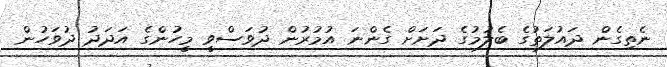
ނެތިގެން ދައުލަތުގެ ބެލުމުގެ ދަށަށް ގެންނަ އުމުރުން ދުވަސްވީ މީހުންގެ އަދަދު ދުވަހުން